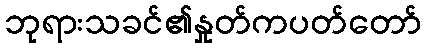
ဘုရားသခင်၏နှုတ်ကပတ်တော်